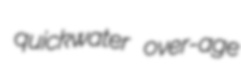
quickwater over-age